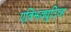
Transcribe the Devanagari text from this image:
एक्झिक्युटि्व्ह